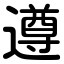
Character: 遵